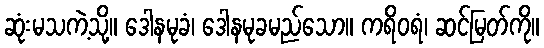
ဆုံးမသကဲ့သို့။ ဒေါနမုခံ၊ ဒေါနမုခမည်သော။ ကရိဝရံ၊ ဆင်မြတ်ကို။